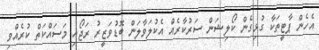
އެހެން ޕާޓީތަކާ ގުޅިގެން ކޯލިޝަން ސަރުކާރެއް އެކުލަވާލަން ބޮޑުވަޒީރު ރަޖޯއި މަސައްކަތް ކުރެއްވި